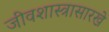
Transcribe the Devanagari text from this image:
जीवशास्त्रासारखे